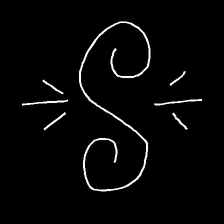
Glyph: wind-directs-air